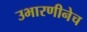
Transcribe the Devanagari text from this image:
उभारणीनेच